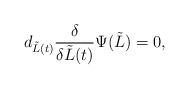
LaTeX: \begin{align*}d_{\tilde L(t)} \frac{\delta}{\delta \tilde L(t)} \Psi(\tilde L) = 0,\end{align*}